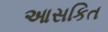
આસકિત